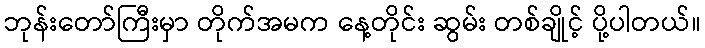
ဘုန်းတော်ကြီးမှာ တိုက်အမက နေ့တိုင်း ဆွမ်း တစ်ချိုင့် ပို့ပါတယ်။